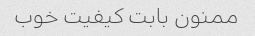
ممنون بابت کیفیت خوب